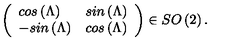
\left( \begin{array} { l l } { c o s \left( \Lambda \right) } & { s i n \left( \Lambda \right) } \\ { - s i n \left( \Lambda \right) } & { c o s \left( \Lambda \right) } \\ \end{array} \right) \in S O \left( 2 \right) .